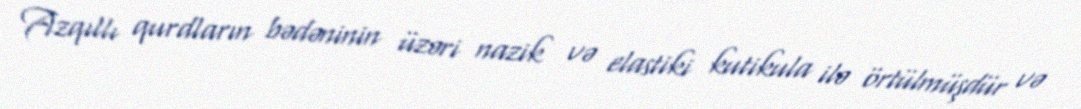
Azqıllı qurdların bədəninin üzəri nazik və elastiki kutikula ilə örtülmüşdür və